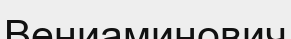
Вениаминович